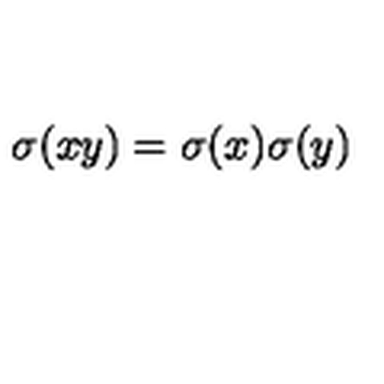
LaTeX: \sigma ( x y ) = \sigma ( x ) \sigma ( y )